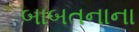
બાબતનાના